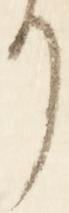
り